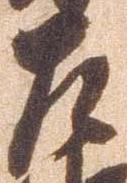
左